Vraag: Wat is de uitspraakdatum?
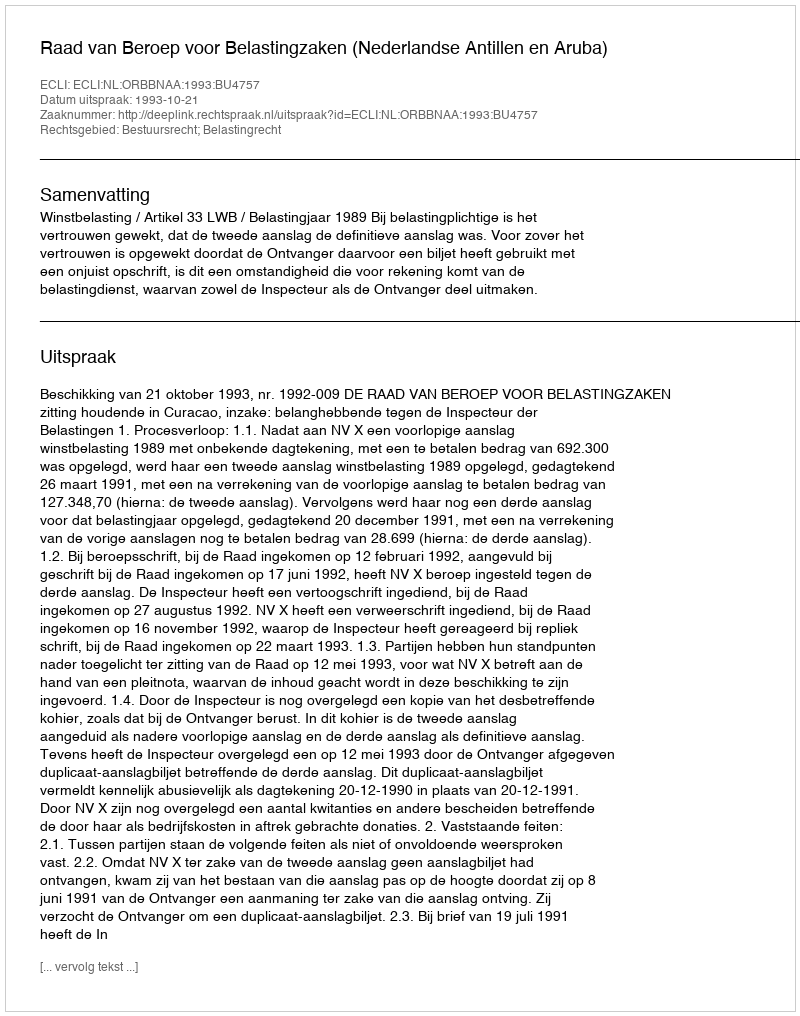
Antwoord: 1993-10-21